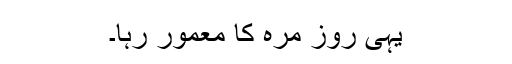
یہی روز مرہ کا معمور رہا۔